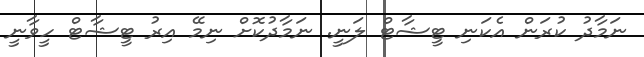
ނަމާދު ކުރަން އެކަނި ޓީޝާޓް ލަނީ. ނަމާދުކޮށް ނިމޭ އިރު ޓީޝާޓް ހީވާނީ